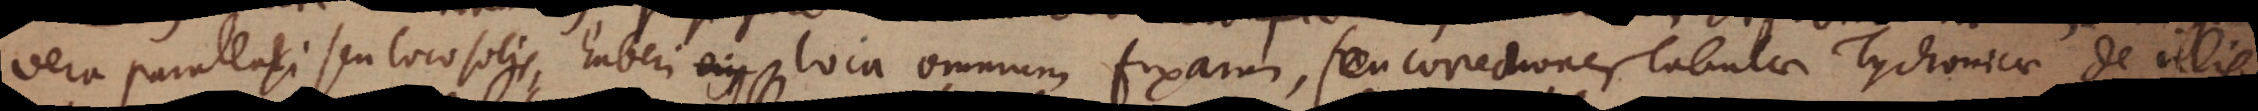
vera parallaxi seu loco solis, haberi ejus loca omnium fixarum, seu correctionem Tabulae Tychonicae de illis